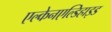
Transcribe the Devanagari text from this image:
एल्केनएल्डिहाइड